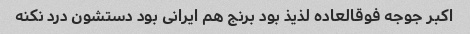
اکبر جوجه فوقالعاده لذیذ بود برنج هم ایرانی بود دستشون درد نکنه